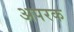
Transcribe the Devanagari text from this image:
अपरक